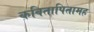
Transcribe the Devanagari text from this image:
कवितापितामह